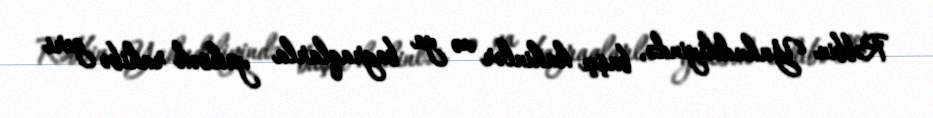
Rəbbin Yahudiliyində, başçı kahinlər və ya bayraqlarla yüksək rahibə geri